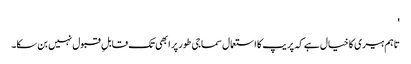
'
تاہم ہیری کا خیال ہے کہ پریپ کا استعمال سماجی طور پر ابھی تک قابلِ قبول نہیں بن سکا۔